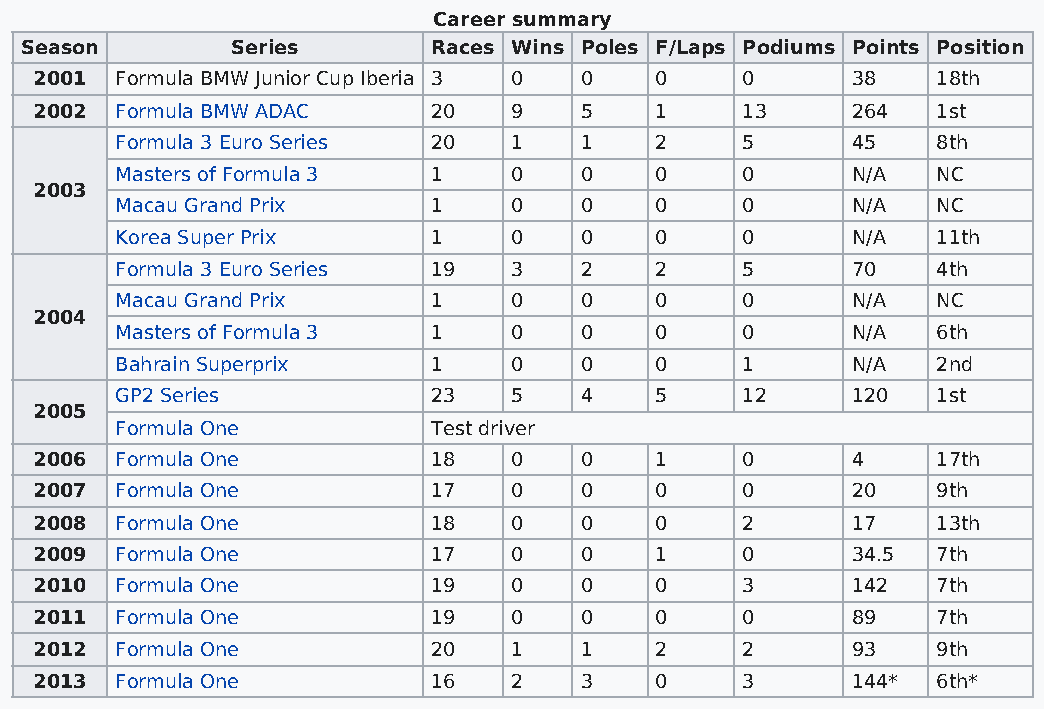
Career summary
 Season        Series        Races Wins Poles F/Laps Podiums Points Position
 2001  Formula BMW Junior Cup Iberia 3 0 0 0    0      38    18th
 2002  Formula BMW ADAC     20   9   5    1     13     264   1st
 Formula 3 Euro Series 20  1   1    2     5      45    8th
 Masters of Formula 3 1    0   0    0     0      N/A   NC
 2003
 Macau Grand Prix     1    0   0    0     0      N/A   NC
 Korea Super Prix     1    0   0    0     0      N/A   11th
 Formula 3 Euro Series 19  3   2    2     5      70    4th
 Macau Grand Prix     1    0   0    0     0      N/A   NC
 2004
 Masters of Formula 3 1    0   0    0     0      N/A   6th
 Bahrain Superprix    1    0   0    0     1      N/A   2nd
 GP2 Series           23   5   4    5     12     120   1st
 2005
 Formula One          Test driver
 2006  Formula One          18   0   0    1     0      4     17th
 2007  Formula One          17   0   0    0     0      20    9th
 2008  Formula One          18   0   0    0     2      17    13th
 2009  Formula One          17   0   0    1     0      34.5  7th
 2010  Formula One          19   0   0    0     3      142   7th
 2011  Formula One          19   0   0    0     0      89    7th
 2012  Formula One          20   1   1    2     2      93    9th
 2013  Formula One          16   2   3    0     3      144*  6th*